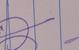
Signature authenticity: genuine